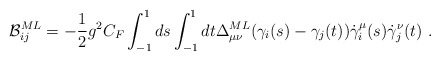
\begin{align*}{\cal B}_{ij}^{ML}=-{1\over 2}g^2 C_F \int_{-1}^1 ds \int_{-1}^1 dt \Delta_{\mu\nu}^{ML}(\gamma_i (s)- \gamma_j(t)) \dot \gamma^\mu_i (s)\dot \gamma^\nu_j (t)\ .\end{align*}